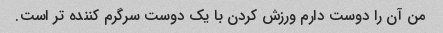
من آن را دوست دارم ورزش کردن با یک دوست سرگرم کننده تر است.